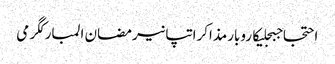
احتجاجبجلیکاروبارمذاکراتپانیرمضان المبارکگرمی